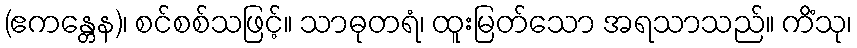
(ဧကန္တေန)၊ စင်စစ်သဖြင့်။ သာဓုတရံ၊ ထူးမြတ်သော အရသာသည်။ ကိံသု၊